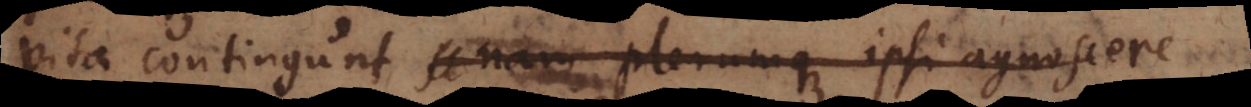
vita contingunt, nam plerumque ipsi agnoscere